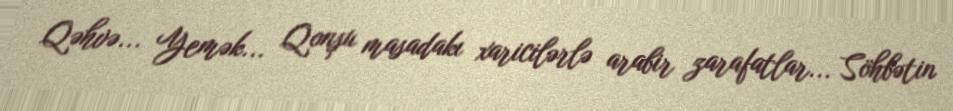
Qəhvə... Yemək... Qonşu masadakı xaricilərlə arabir zarafatlar... Söhbətin